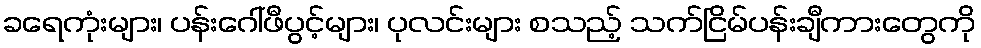
ခရေကုံးများ၊ ပန်းဂေါ်ဖီပွင့်များ၊ ပုလင်းများ စသည့် သက်ငြိမ်ပန်းချီကားတွေကို